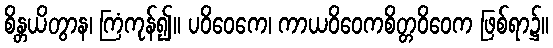
စိန္တယိတွာန၊ ကြံကုန်၍။ ပဝိဝေကေ၊ ကာယဝိဝေကစိတ္တဝိဝေက ဖြစ်ရာ၌။